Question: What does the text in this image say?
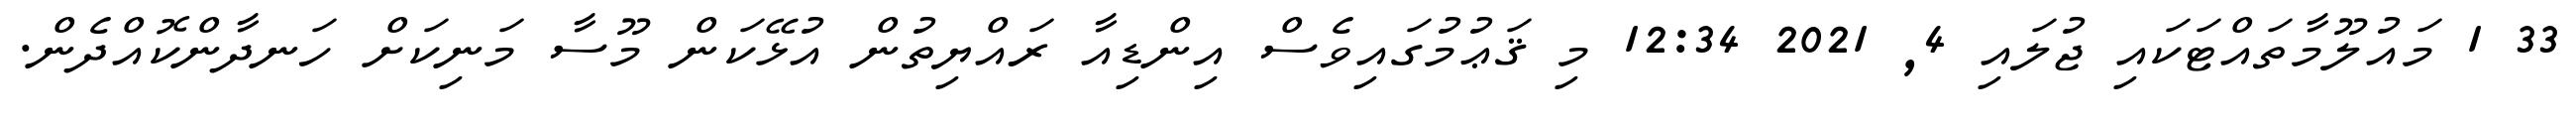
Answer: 33 1 މައުލޫމާތައްޓަކައި ޖުލައި 4, 2021 12:34 މި ޤަޢުމުގައިވެސް އިންޑިއާ ރައްޔިތުން އުޅޭކަން މޫސާ މަނިކަށް ހަނދާންކޮއްދެން.